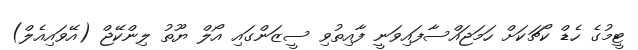
ޓީމުގެ ހެޑް ކޯޗަކަށް ހަމަޖައްސާފައިވަނީ ފާއިތުވި ސީޒަންގައި އޯލް ޔޫތު ލިންކޭޖް (އޭވައިއެލް)